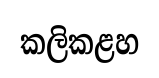
කලිකළහ